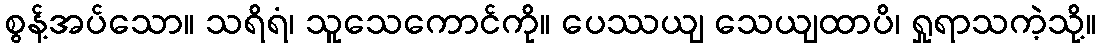
စွန့်အပ်သော။ သရိရံ၊ သူသေကောင်ကို။ ပေဿယျ သေယျထာပိ၊ ရှုရာသကဲ့သို့။